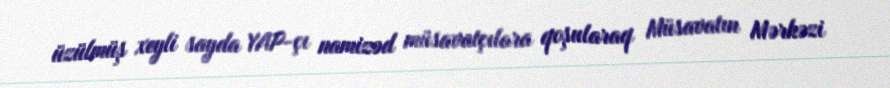
üzülmüş xeyli sayda YAP-çı namizəd müsavatçılara qoşularaq Müsavatın Mərkəzi